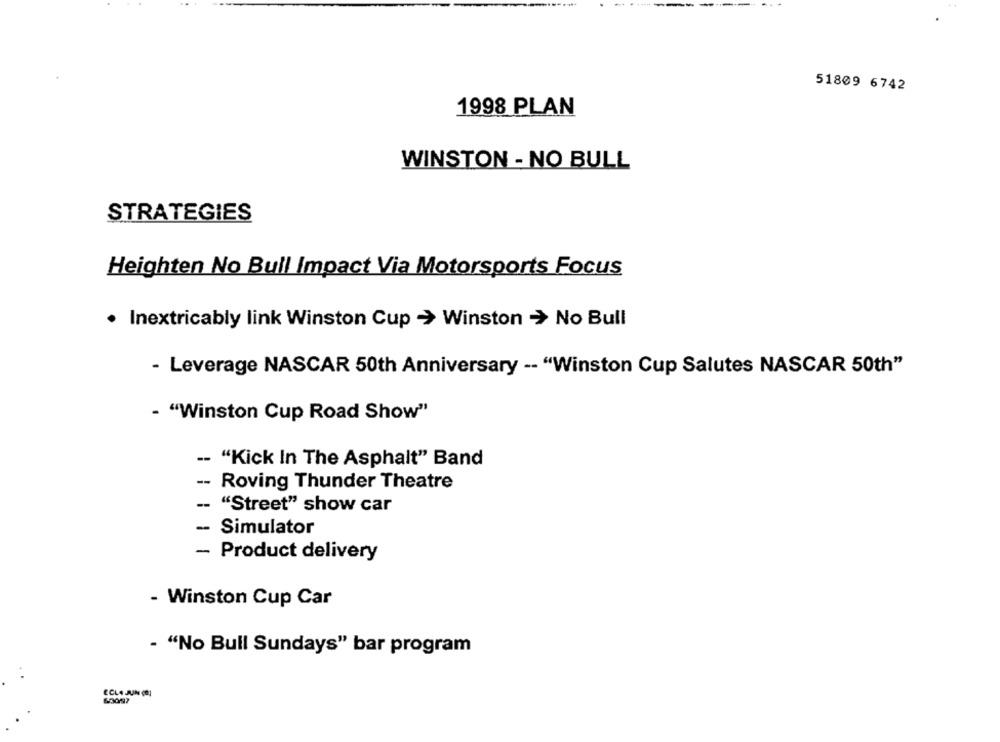
51809 6742
1998 PLAN
WINSTON - NO BULL
STRATEGIES
Heighten No Bull Impact Via Motorsports Focus
. Inextricably link Winston Cup -> Winston -> No Bull
- Leverage NASCAR 50th Anniversary -- "Winston Cup Salutes NASCAR 50th"
- "Winston Cup Road Show"
-- "Kick In The Asphalt" Band
-- Roving Thunder Theatre
-- "Street" show car
-- Simulator
- Product delivery
- Winston Cup Car
- "No Bull Sundays" bar program
ECLA JUN COS